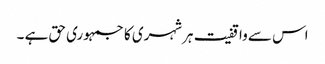
اس سے واقفیت ہرشہری کا جمہوری حق ہے ۔